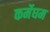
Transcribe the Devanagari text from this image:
कर्मेघम